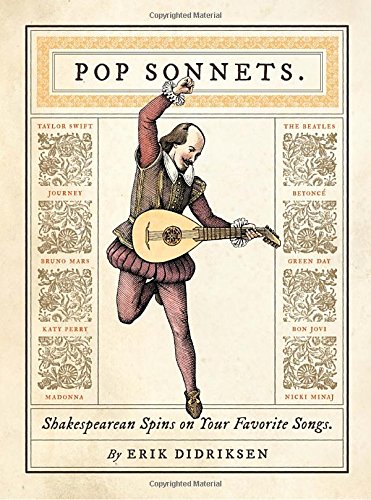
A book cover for Pop Sonnets: Shakespearean Spins on Your Favorite Songs; Erik Didriksen; Humor & Entertainment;